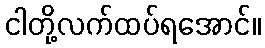
ငါတို့လက်ထပ်ရအောင်။